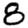
Digit: 8